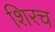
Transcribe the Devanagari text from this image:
शिरच